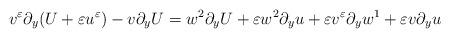
LaTeX: \begin{align*}v^\varepsilon\partial_y(U+\varepsilon u^\varepsilon)-v\partial_yU=w^2\partial_yU+\varepsilon w^2\partial_yu+\varepsilon v^\varepsilon\partial_yw^1+\varepsilon v\partial_yu\end{align*}